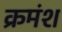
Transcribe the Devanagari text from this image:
क्रमंश